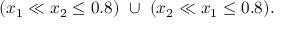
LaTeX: ( x _ { 1 } \ll x _ { 2 } \leq 0 . 8 ) \ \cup \ ( x _ { 2 } \ll x _ { 1 } \leq 0 . 8 ) .